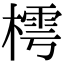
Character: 樗